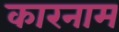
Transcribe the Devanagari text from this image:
कारनाम